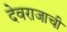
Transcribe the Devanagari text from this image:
देवराजाची